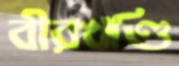
বীরখণ্ডি